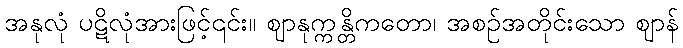
အနုလုံ ပဋိလုံအားဖြင့်၎င်း။ ဈာနုက္ကန္တိကတော၊ အစဉ်အတိုင်းသော ဈာန်